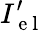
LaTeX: {{I}_{\mathrm{~e~l~}}^{\prime}}